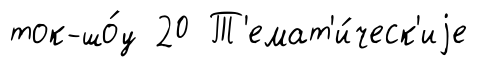
ток-шо́у 20 Т'емат'и́ческ'иjе